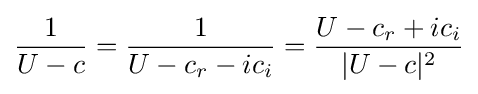
{\frac {1}{U-c}}={\frac {1}{U-c_{r}-ic_{i}}}={\frac {U-c_{r}+ic_{i}}{|U-c|^{2}}}